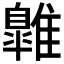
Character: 𩀹